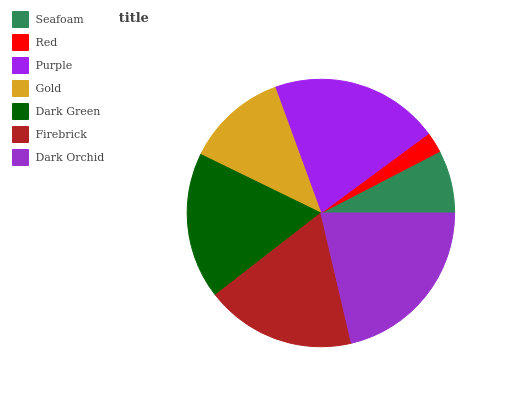
| Seafoam | Red | Purple | Gold | Dark Green | Firebrick | Dark Orchid |
 | --- | --- | --- | --- | --- | --- | --- |
 | 7.62% | 2.52% | 20.4% | 12.2% | 17.7% | 18.2% | 21.4% |